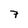
Character: 7